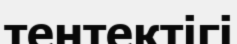
тентектігі